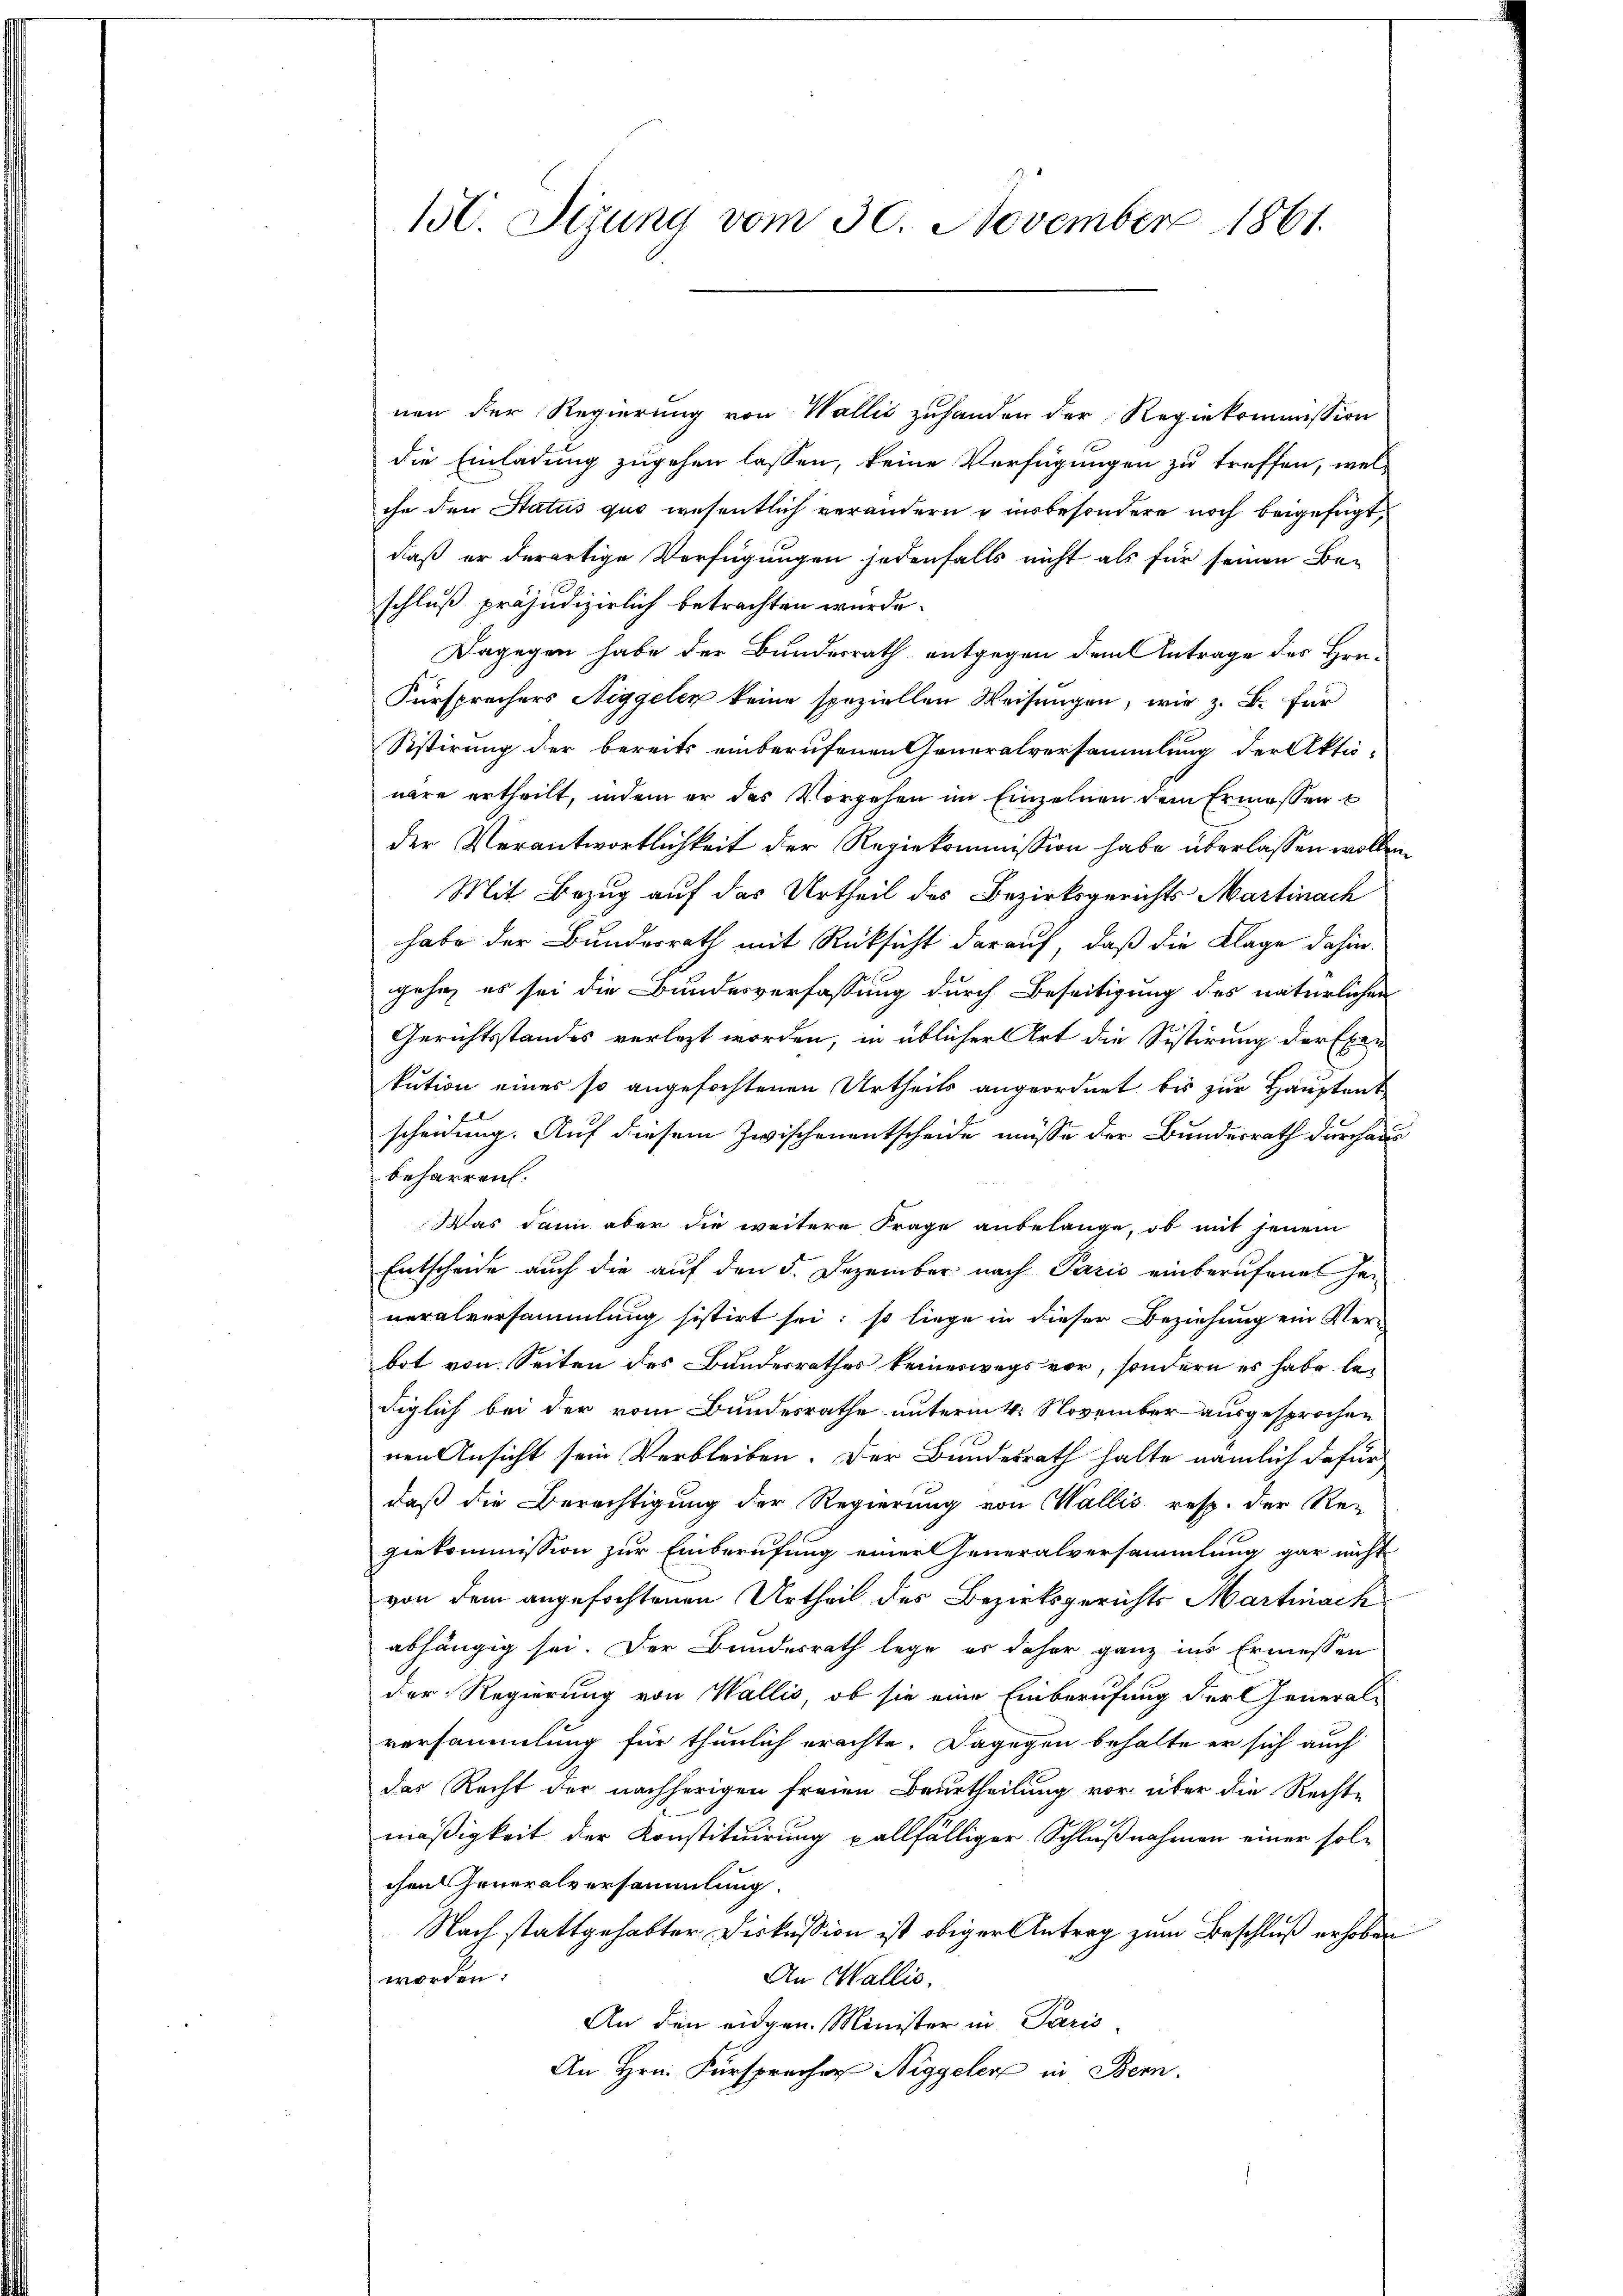
150. Sizung vom 30. November 1861.

nen der Regierung von Wallić zuhanden der Regiekommission
die Einladung zugehen lassen, keine Verfügungen zu treffen, welche den Status quo wesentlich verändern u insbesondere noch beigefügt,
daß er derartige Verfügungen jedenfalls nicht als für seinen Be-
schluß präjudizirlich betrachten wurde.
Dagegen habe der Bundesrath entgegen dem Antrage des Hrn.
Fürsprechers Niggelen keine speziellen Weisungen, wie z. B. für
Sistirung der bereits einberufenen Generalversammlung der Aktä-
näre ertheilt, indem er das Vorgehen im Einzelnen dem Ermessen
der Verantwortlichkeit der Regiekommission habe überlassen wollen.
Mit Bezug auf das Urtheil des Bezirksgerichts Martinach
habe der Bundesrath mit Rücksicht darauf, daß die Klage dahin.
gehe, es sei die Bundesverfassung durch Beseitigung des natürlichen
Gerichtsstandes verlegt worden, in üblicher Art die Sistirung der Eben
kution eines so angefochtenen Urtheils angeordnet bis zur Hauptant
scheidung. Auf diesem Zwischenentscheide müsse der Bundesrath durchaus
beharren:
Was dann aber die weitere Frage anbelange, ob mit jenem
Entscheide auch die auf den 5. Dezember nach Paris einberufenes Generalversammlung sistirt sei; so liege in dieser Beziehung ein Verbot von Seiten des Bundesrathes keineswegs vor, sondern es habe bediglich bei der vom Bundesrathe unterm 4. November ausgesprochen
nen Ansicht sein Verbleiben. Der Bundesrath halte nämlich dafür
daß die Berechtigung der Regierung von Wallis resp. der Re-
giekommission zur Einberufung einer Generalversammlung gar nicht
von dem angefochtenen Urtheil des Bezirksgerichts Martinach
abhängig sei. Der Bundesrath lege es daher ganz ins Ermessen
der Regierung von Wallis, ob sie eine Einberufung der General-
versammlung für thunlich erachte. Dagegen behalte er sich auch
das Recht der nachherigen freien Beurtheilung vor über die Rechte
mäßigkeit der Konstituirung pallfälliger Schlußnahmen einer sol-
chen Generalversammlung.
Nach stattgehabter Diskussion ist obiger Antrag zum Beschluß erhoben
worden:
An Wallis.
An den eidgen. Minister in Paris
An Hrn. Fürsprecher Niggeler in Bern.